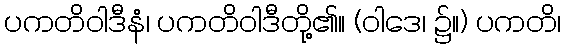
ပကတိဝါဒီနံ၊ ပကတိဝါဒီတို့၏။ (ဝါဒေ၊ ၌။) ပကတိ၊